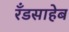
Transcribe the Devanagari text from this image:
रँडसाहेब